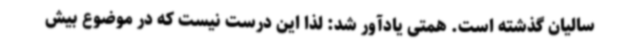
سالیان گذشته است. همتی یادآور شد: لذا این درست نیست که در موضوع بیش